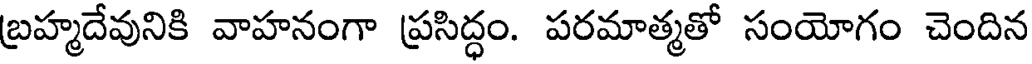
బ్రహ్మదేవునికి వాహనంగా ప్రసిద్ధం. పరమాత్మతో సంయోగం చెందిన